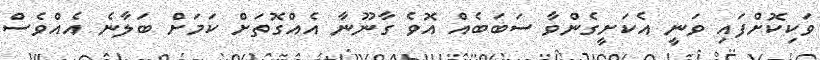
ވަކިކޮށްފައި ވަނީ އެކަށީގެންވާ ސަބަބެއް އޮވެ ގާނޫނާ އެއްގޮތަށް ކަމަށް ބަލާނެ އެއްވެސް